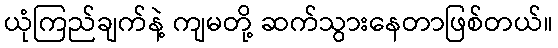
ယုံကြည်ချက်နဲ့ ကျမတို့ ဆက်သွားနေတာဖြစ်တယ်။